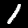
Label: 1